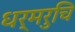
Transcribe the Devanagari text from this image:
धर्मरुचि